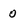
Character: 0